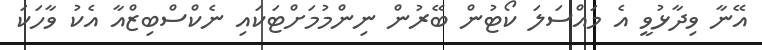
އޭނާ ވިދާޅުވީ އެ މައްސަލަ ކޯޓުން ބޭރުން ނިންމުމަށްޓަކައި ނެކްސްބިޒްއާ އެކު ވާހަކަ